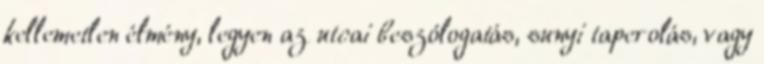
kellemetlen élmény, legyen az utcai beszólogatás, sunyi taperolás, vagy